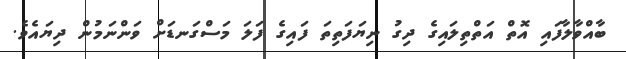
ބާއްވާލާފައި އޮތް އަތްތިލައިގެ ދިގު ނިޔަފަތިތަ ފައިގެ ފަލަ މަސްގަނޑަށް ވަންނަމުން ދިޔައެވެ.